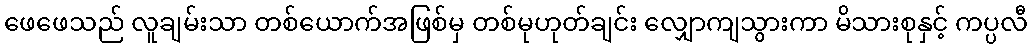
ဖေဖေသည် လူချမ်းသာ တစ်ယောက်အဖြစ်မှ တစ်မုဟုတ်ချင်း လျှောကျသွားကာ မိသားစုနှင့် ကပ္ပလီ